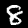
Label: 8